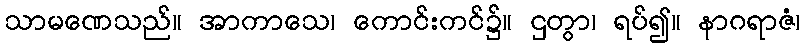
သာမဏေသည်။ အာကာသေ၊ ကောင်းကင်၌။ ဌတွာ၊ ရပ်၍။ နာဂရာဇံ၊